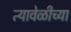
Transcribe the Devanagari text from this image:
त्यावेळीच्या